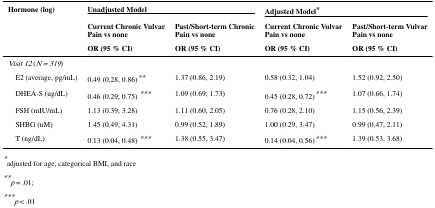
| Hormone (log) | <COLSPAN=2> Unadjusted Model | <COLSPAN=2> Adjusted Model* |
 |  | Current Chronic Vulvar Pain vs none | Past/Short-term Chronic Pain vs none | Current Chronic Vulvar Pain vs none | Past/Short-term Vulvar Pain vs none |
 |  | OR (95 % CI) | OR (95 % CI) | OR (95 % CI) | OR (95 % CI) |
 | --- | --- | --- | --- | --- |
 | Visit 12 (N = 319) |  |  |  |  |
 | E2 (average, pg/mL) | 0.49 (0.28, 0.86)** | 1.37 (0.86, 2.19) | 0.58 (0.32, 1.04) | 1.52 (0.92, 2.50) |
 | DHEA-S (ug/dL) | 0.46 (0.29, 0.75) *** | 1.09 (0.69, 1.73) | 0.45 (0.28, 0.72)*** | 1.07 (0.66, 1.74) |
 | FSH (mIU/mL) | 1.13 (0.39, 3.28) | 1.11 (0.60, 2.05) | 0.76 (0.28, 2.10) | 1.15 (0.56, 2.39) |
 | SHBG (nM) | 1.45 (0.49, 4.31) | 0.99 (0.52, 1.89) | 1.00 (0.29, 3.47) | 0.99 (0.47, 2.11) |
 | T (ng/dL) | 0.13 (0.04, 0.48) *** | 1.38 (0.55, 3.47) | 0.14 (0.04, 0.56)*** | 1.39 (0.53, 3.68) |